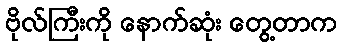
ဗိုလ်ကြီးကို နောက်ဆုံး တွေ့တာက